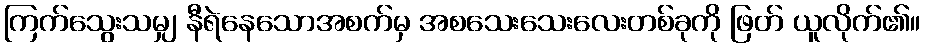
ကြက်သွေးသမျှ နီရဲနေသောအစက်မှ အစသေးသေးလေးတစ်ခုကို ဖြတ် ယူလိုက်၏။